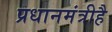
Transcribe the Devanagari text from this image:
प्रधानमंत्रीहै